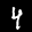
Label: 4